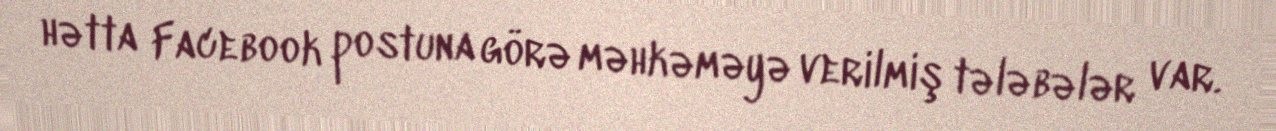
hətta Facebook postuna görə məhkəməyə verilmiş tələbələr var.